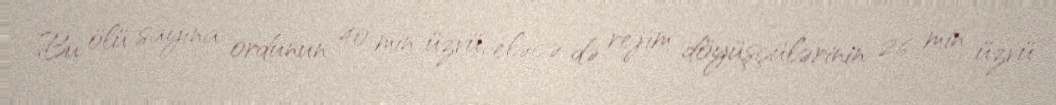
Bu ölü sayına ordunun 40 min üzvü, eləcə də rejim döyüşçülərinin 26 min üzvü